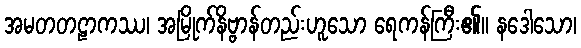
အမတတဠာကဿ၊ အမြိုက်နိဗ္ဗာန်တည်းဟူသော ရေကန်ကြီး၏။ နဒေါသော၊